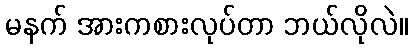
မနက် အားကစားလုပ်တာ ဘယ်လိုလဲ။